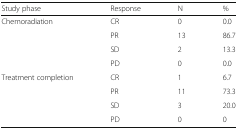
<table><thead><tr><td><b>Study phase</b></td><td><b>Response</b></td><td><b>N</b></td><td><b>%</b></td></tr></thead><tbody><tr><td rowspan="4">Chemoradiation</td><td>CR</td><td>0</td><td>0.0</td></tr><tr><td>PR</td><td>13</td><td>86.7</td></tr><tr><td>SD</td><td>2</td><td>13.3</td></tr><tr><td>PD</td><td>0</td><td>0.0</td></tr><tr><td rowspan="4">Treatment completion</td><td>CR</td><td>1</td><td>6.7</td></tr><tr><td>PR</td><td>11</td><td>73.3</td></tr><tr><td>SD</td><td>3</td><td>20.0</td></tr><tr><td>PD</td><td>0</td><td>0</td></tr></tbody></table>